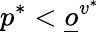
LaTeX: p^{*}<\underline{o}^{v^{*}}